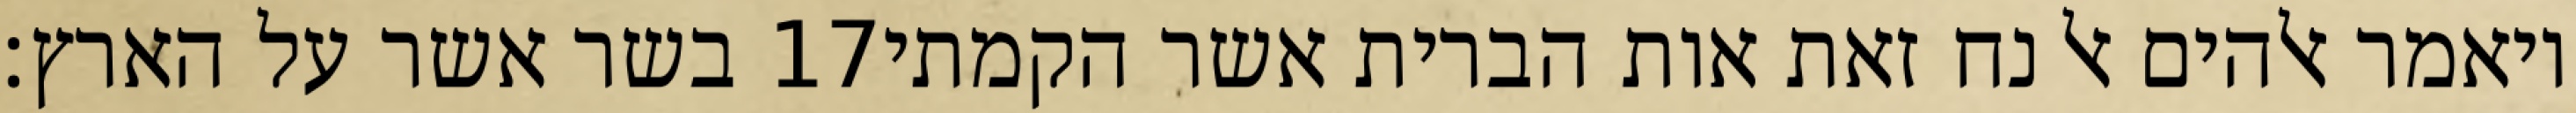
בשר אשר על הארץ׃ ‎17‏ ויאמר אלהים אל נח זאת אות הברית אשר הקמתי